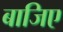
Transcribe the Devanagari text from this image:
बाजिए